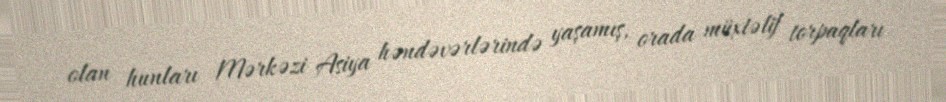
olan hunları Mərkəzi Asiya həndəvərlərində yaşamış, orada müxtəlif torpaqları